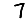
Digit: 7